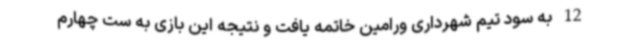
12 به سود تیم شهرداری ورامین خاتمه یافت و نتیجه این بازی به ست چهارم